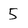
Character: 5